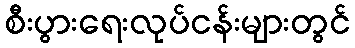
စီးပွားရေးလုပ်ငန်းများတွင်